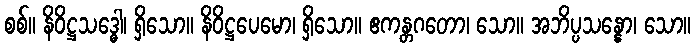
စစ်။ နိဝိဋ္ဌသဒ္ဓေါ၊ ရှိသော။ နိဝိဋ္ဌပေမော၊ ရှိသော။ ဧကန္တဂတော၊ သော။ အဘိပ္ပသန္နော၊ သော။